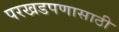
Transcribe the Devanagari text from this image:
परखडपणासाठी